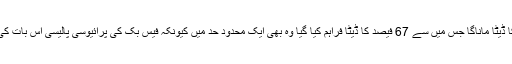
اس عرصے میں گورنمنٹ نے 1002 درخواستوں کے ذریعے 1431 یوزرز کا ڈیٹا ماناگا جس میں سے 67 فیصد کا ڈیٹا فراہم کیا گیا وہ بھی ایک محدود حد میں کیونکہ فیس بک کی پرائیوسی پالیسی اس بات کی اجازت نہیں دیتی کہ کسی بھی صارف کا مکمل ڈیٹا کسی کو فراہم کردیا جائے۔